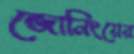
জোনিংয়ের